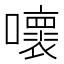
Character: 𡃩